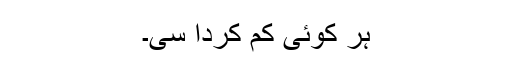
ہر کوئی کم کردا سی۔